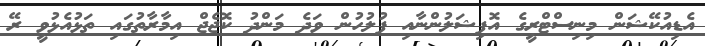
އެޑިއުކޭޝަން މިނިސްޓްރީގެ އޮފިޝަލުންނާއި ފުލުހުން ވަދެ މަންދު ކޮޖެޖް އިމާރާތުގައި ތަޅުއެޅުވީ ރޭ